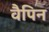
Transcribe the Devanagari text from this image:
वैपिन